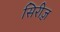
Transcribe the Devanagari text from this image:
सिरीज़़